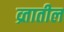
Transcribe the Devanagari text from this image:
व्र्तातील